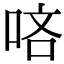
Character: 𠳺